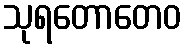
သုရတောတေဝ